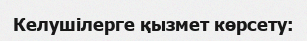
Келушілерге қызмет көрсету: